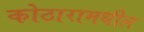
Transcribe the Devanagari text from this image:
कोठारामधील